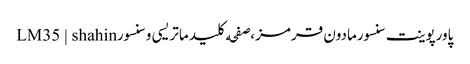
پاورپوینت سنسورمادون قرمز،صفحه کلید ماتریسی و سنسورLM35 | shahin